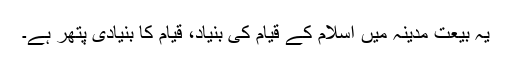
یہ بیعت مدینہ میں اسلام کے قیام کی بنیاد، قیام کا بنیادی پتھر ہے۔